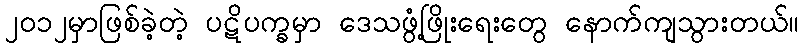
၂၀၁၂မှာဖြစ်ခဲ့တဲ့ ပဋိပက္ခမှာ ဒေသဖွံ့ဖြိုးရေးတွေ နောက်ကျသွားတယ်။